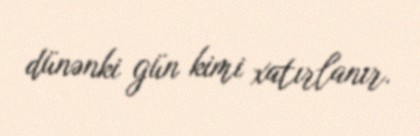
dünənki gün kimi xatırlanır.